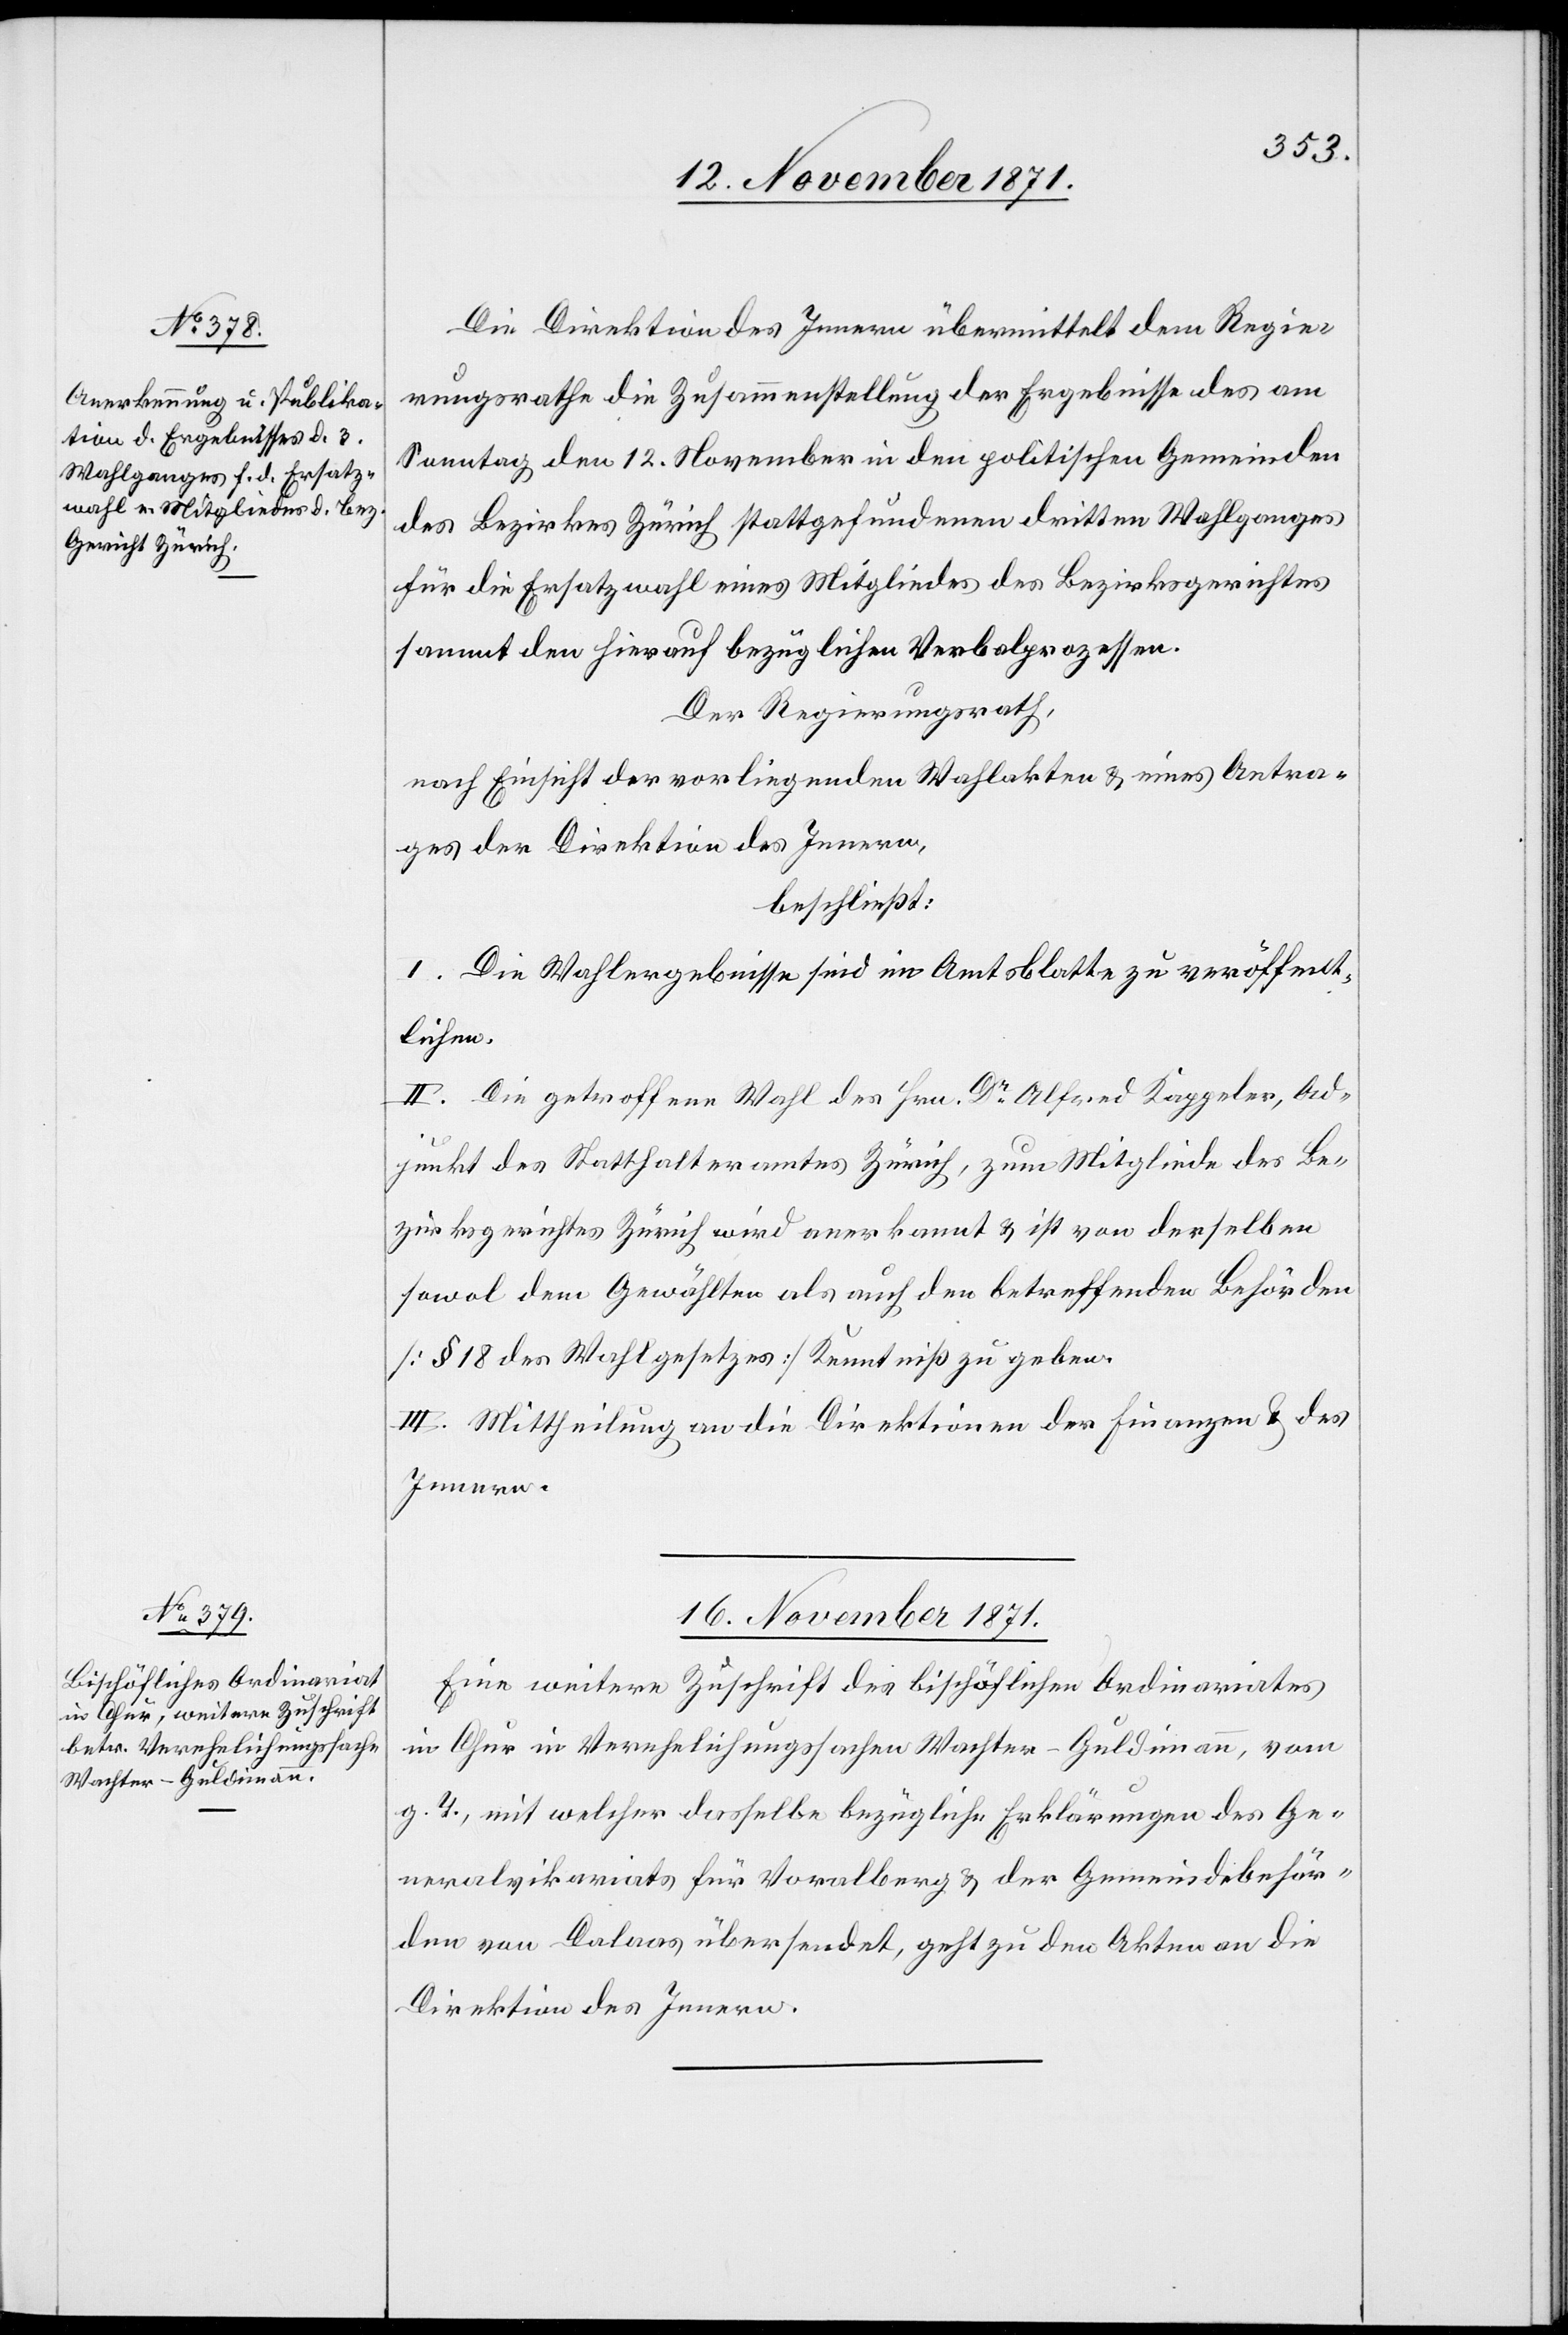
15. November 1871.]
Die Direktion des Innern übermittelt dem Regie¬
rungsrathe die Zusammenstellung der Ergebnisse des am
Sonntag den 12. November in den politischen Gemeinden
des Bezirkes Zürich stattgefundenen dritten Wahlganges
für die Ersatzwahl eines Mitgliedes des Bezirksgerichtes
sammt den hierauf bezüglichen Verbalprozessen.
Der Regierungsrath,
nach Einsicht der vorliegenden Wahlakten & eines Antra¬
ges der Direktion des Innern,
beschließt:
I. Die Wahlergebnisse sind im Amtsblatte zu veröffent¬
lichen.
II. Die getroffene Wahl des Hrn. Dr. Alfred Kappeler, Ad¬
junkt des Statthalteramtes Zürich, zum Mitgliede des Be¬
zirksgerichtes Zürich wird anerkannt & ist von derselben
sowol dem Gewählten als auch den betreffenden Behörden
[§ 18 des Wahlgesetzes] Kenntniß zu geben.
III. Mittheilung an die Direktionen der Finanzen & des
Innern.
16. November 1871.
Eine weitere Zuschrift des bischöflichen Ordinariates
in Chur in Verehelichungssache Wachter-Guldimann, vom
g. T., mit welcher dasselbe bezügliche Erklärungen des Ge¬
neralvikariates für Voralberg & der Gemeindebehör¬
den von Davos übersendet, geht zu den Akten an die
Direktion des Innern.